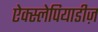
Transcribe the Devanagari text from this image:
ऐक्स्लेपियाडीज़